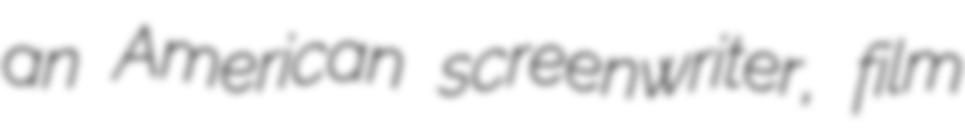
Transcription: an American screenwriter, film